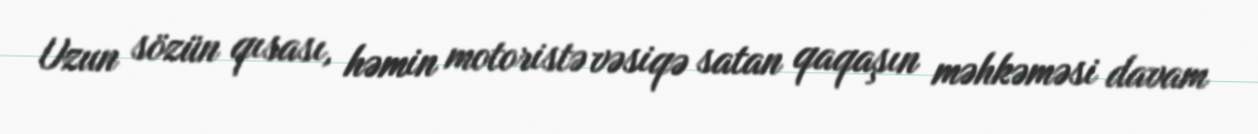
Uzun sözün qısası, həmin motoristə vəsiqə satan qaqaşın məhkəməsi davam